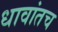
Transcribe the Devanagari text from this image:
धावांतच